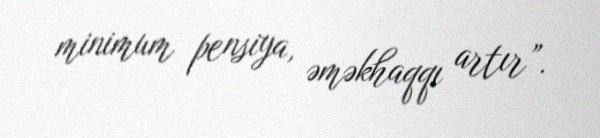
minimum pensiya, əməkhaqqı artır”.